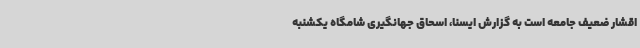
اقشار ضعیف جامعه است به گزارش ایسنا، اسحاق جهانگیری شامگاه یکشنبه